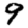
Digit: 9